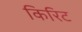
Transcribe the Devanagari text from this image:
किरिट